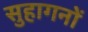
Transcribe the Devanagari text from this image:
सुहागनों